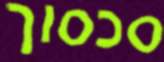
סכסוך